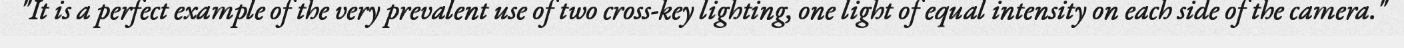
"It is a perfect example of the very prevalent use of two cross-key lighting, one light of equal intensity on each side of the camera."